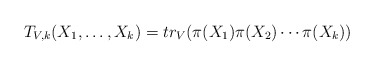
\begin{align*}T_{V,k}(X_1,\ldots,X_k) = tr_V(\pi(X_1)\pi(X_2)\cdots\pi(X_k))\end{align*}